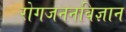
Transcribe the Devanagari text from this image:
रोगजननविज्ञान